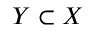
Y \subset X